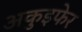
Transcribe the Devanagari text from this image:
अकुइफेर